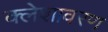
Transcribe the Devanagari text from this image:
क्लेशावरण